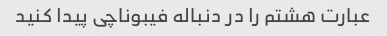
عبارت هشتم را در دنباله فیبوناچی پیدا کنید